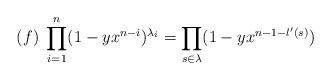
LaTeX: \begin{align*}(f)\; \prod_{i=1}^n (1- y x^{n-i})^{\lambda_i} = \prod_{s\in \lambda} (1- y x^{n-1-l'(s)}) \end{align*}